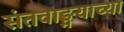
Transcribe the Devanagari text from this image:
संतवाङ्मयाच्या